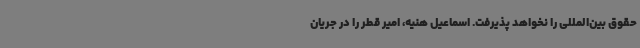
حقوق بین‌المللی را نخواهد پذیرفت. اسماعیل هنیه، امیر قطر را در جریان